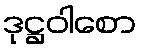
ဒုဋ္ဌဝါစော